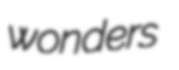
wonders